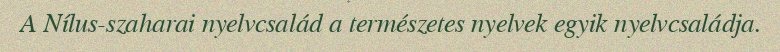
A Nílus-szaharai nyelvcsalád a természetes nyelvek egyik nyelvcsaládja.